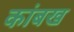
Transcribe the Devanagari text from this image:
कांबख